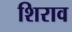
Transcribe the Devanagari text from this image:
शिराव